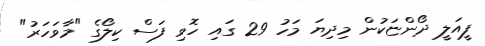
ފީއަލީ ދޯންޏަކުން މިދިޔަ މަހު 29 ގައި ހޮވި ފަސް ކިލޯގެ "މާވަހަރު"